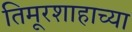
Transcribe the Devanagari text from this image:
तिमूरशाहाच्या